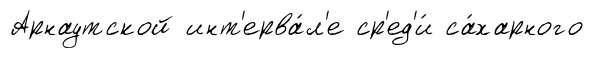
Арнаутской инт'ерва́л'е ср'ед'и́ са́харного